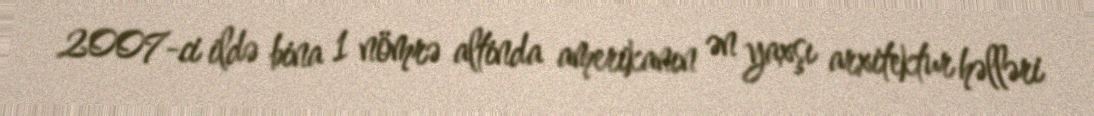
2007-ci ildə bina 1 nömrə altinda amerikanın ən yaxşı arxitektur həlləri